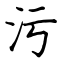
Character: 污